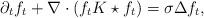
LaTeX: \begin{align*}\label[Ieq]{eq:mckeanlinearintro}\partial_t f_t + \nabla\cdot (f_t K\star f_t ) = \sigma\Delta f_t,\end{align*}